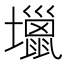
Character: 𡓍